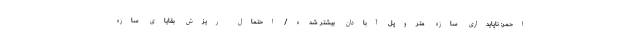
احمر: ناپایداری سازه متروپل آبادان بیشتر شده/ احتمال ریزش بقایای سازه